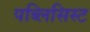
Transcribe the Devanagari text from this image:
पब्लिसिस्ट